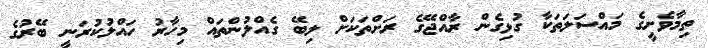
ތިމާވެށީގެ މައްސަލަތަކާ ގުޅިގެން ރާއްޖޭގެ ރަށްތަކަށް ލިބޭ ގެއްލުންތައް މިހާރު ހައްލުކުރަނީ ބޭރުގެ